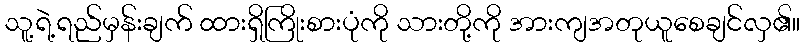
သူ့ရဲ့ရည်မှန်းချက် ထားရှိကြိုးစားပုံကို သားတို့ကို အားကျအတုယူစေချင်လှ၏။